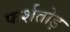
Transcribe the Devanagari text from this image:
फर्शतोड़